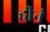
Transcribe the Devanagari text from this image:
हीनं